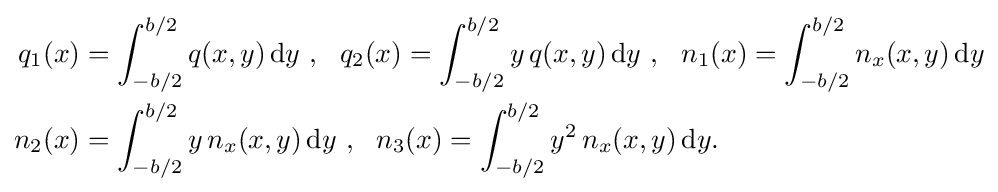
{\begin{aligned}q_{1}(x)&=\int _{-b/2}^{b/2}q(x,y)\,{\text{d}}y~,~~q_{2}(x)=\int _{-b/2}^{b/2}y\,q(x,y)\,{\text{d}}y~,~~n_{1}(x)=\int _{-b/2}^{b/2}n_{x}(x,y)\,{\text{d}}y\\n_{2}(x)&=\int _{-b/2}^{b/2}y\,n_{x}(x,y)\,{\text{d}}y~,~~n_{3}(x)=\int _{-b/2}^{b/2}y^{2}\,n_{x}(x,y)\,{\text{d}}y.\end{aligned}}